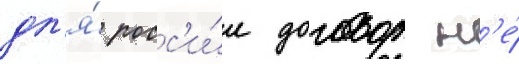
дл'я́ росс'и́и договор н'е́